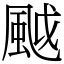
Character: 䬂